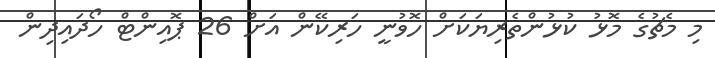
މި މެޗުގެ މޮޅު ކުޅުންތެރިޔަކަށް ހޮވުނީ ހަރިކޭން އަށް 26 ޕޮއިންޓް ހޯދައިދިން